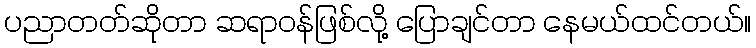
ပညာတတ်ဆိုတာ ဆရာဝန်ဖြစ်လို့ ပြောချင်တာ နေမယ်ထင်တယ်။